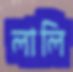
লালি